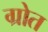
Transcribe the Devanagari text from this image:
ग्रोत